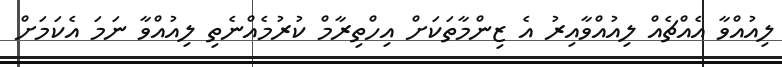
ލިއުއްވާ އެއްޗެއް ލިއުއްވާއިރު އެ ޒިންމާތަކަށް އިހްތިރާމް ކުރުމެއްނެތި ލިއުއްވާ ނަމަ އެކަމަށް